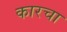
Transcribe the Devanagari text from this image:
कारचा